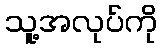
သူ့အလုပ်ကို